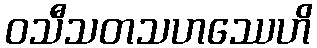
ဝသီသတသဟဿေဟိ